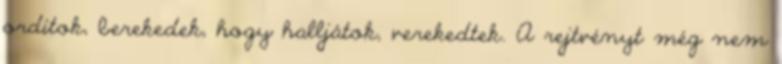
ordítok, berekedek, hogy halljátok, verekedtek. A rejtvényt még nem